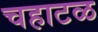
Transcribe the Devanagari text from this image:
चहाटळ